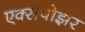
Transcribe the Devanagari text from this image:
एक्सपोझर